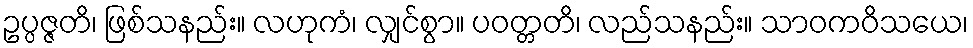
ဥပ္ပဇ္ဇတိ၊ ဖြစ်သနည်း။ လဟုကံ၊ လျှင်စွာ။ ပဝတ္တတိ၊ လည်သနည်း။ သာဝကဝိသယေ၊